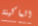
الماكينة